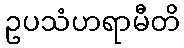
ဥပသံဟရာမီတိ